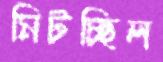
মিটচ্ছিল